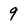
Character: 9